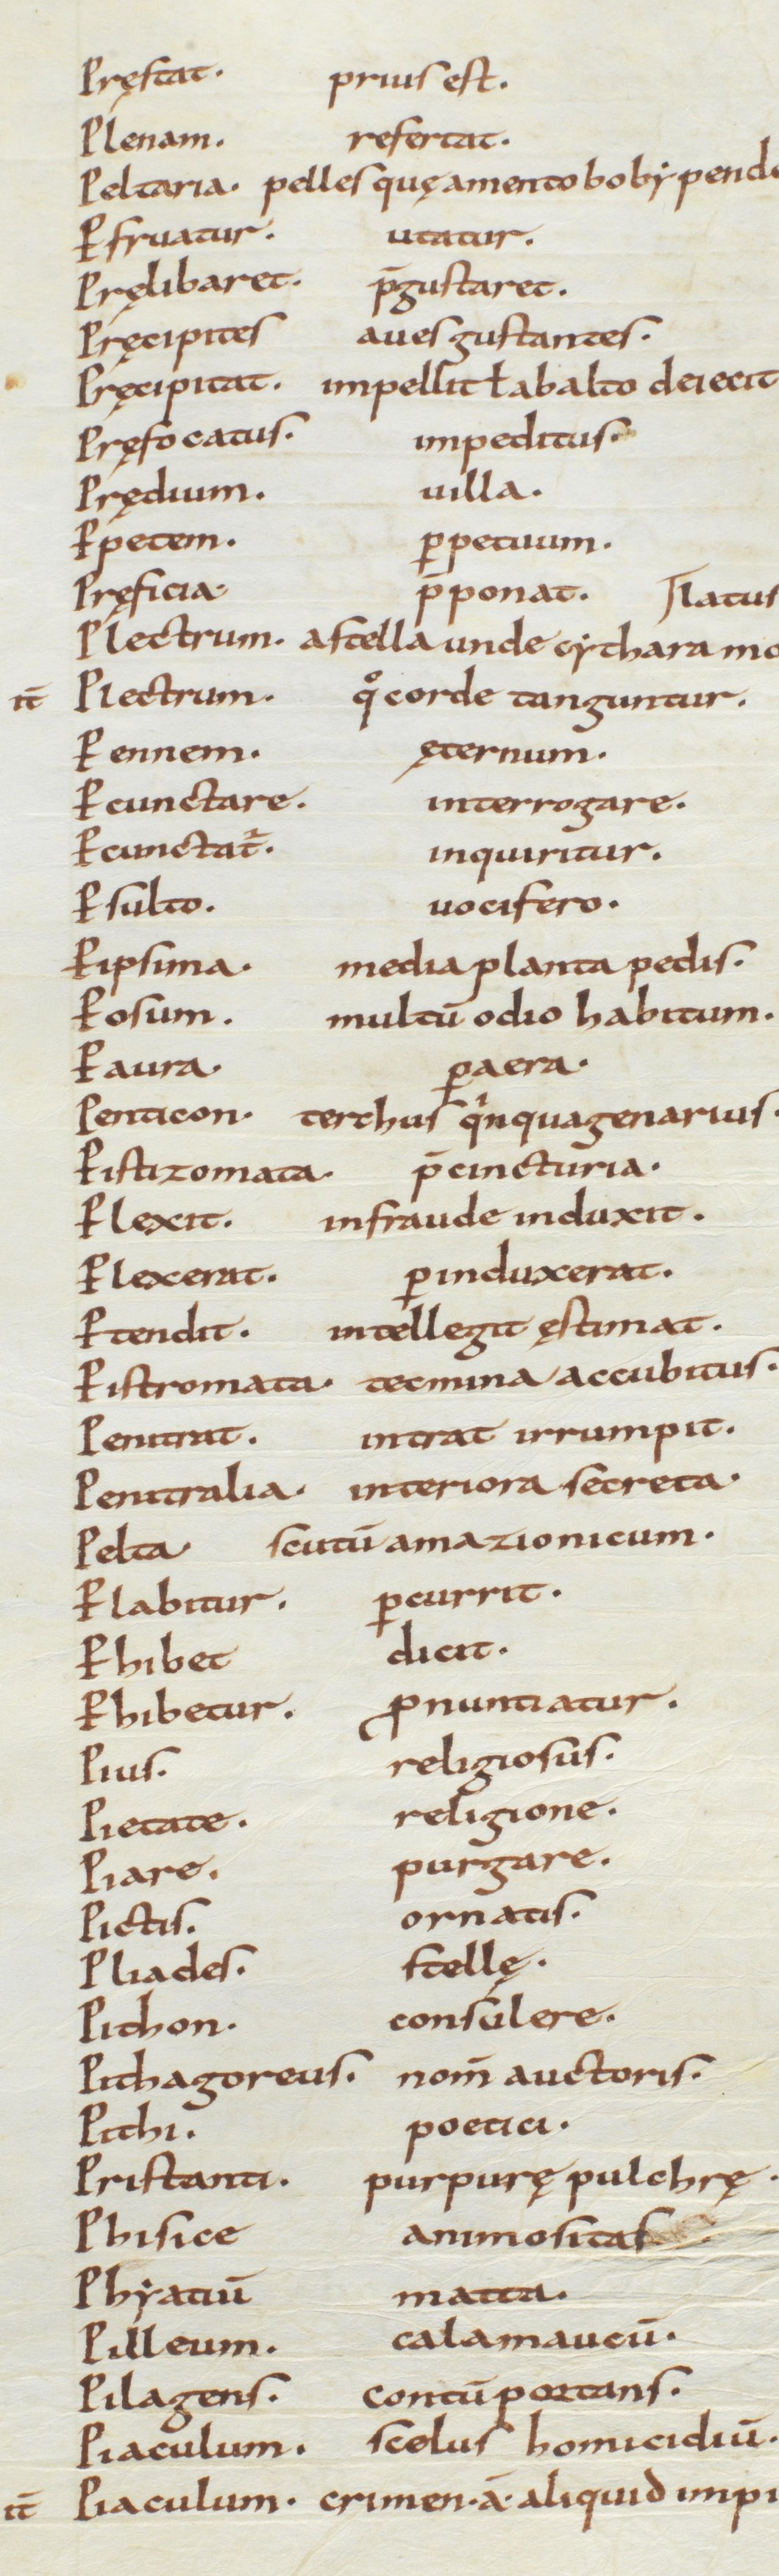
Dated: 850–915